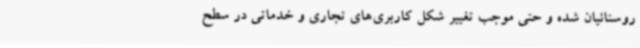
روستائیان شده و حتی موجب تغییر شکل کاربری‌های تجاری و خدماتی در سطح